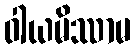
ဝါယမိဿာမ